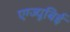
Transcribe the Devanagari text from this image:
एग्ज्यूबिई